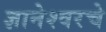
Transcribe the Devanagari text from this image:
ज्ञानेश्वरचे